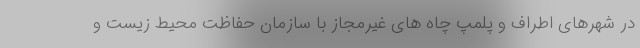
در شهرهای اطراف و پلمپ چاه های غیرمجاز با سازمان حفاظت محیط زیست و